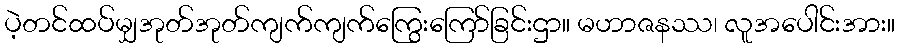
ပဲ့တင်ထပ်မျှအုတ်အုတ်ကျက်ကျက်ကြွေးကြော်ခြင်းဌာ။ မဟာဇနဿ၊ လူအပေါင်းအား။